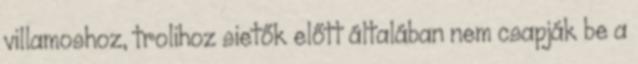
villamoshoz, trolihoz sietők előtt általában nem csapják be a